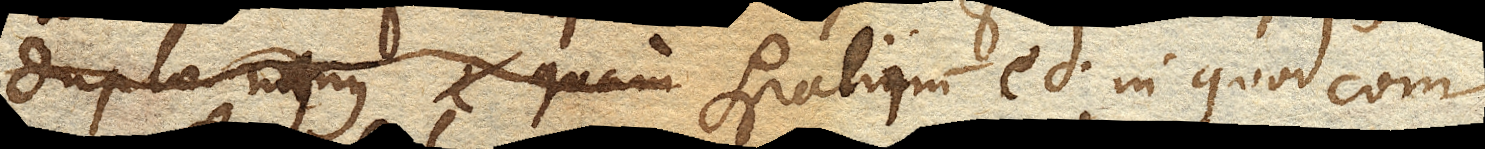
duplo minus quam spatium spatii ed. in quod com–